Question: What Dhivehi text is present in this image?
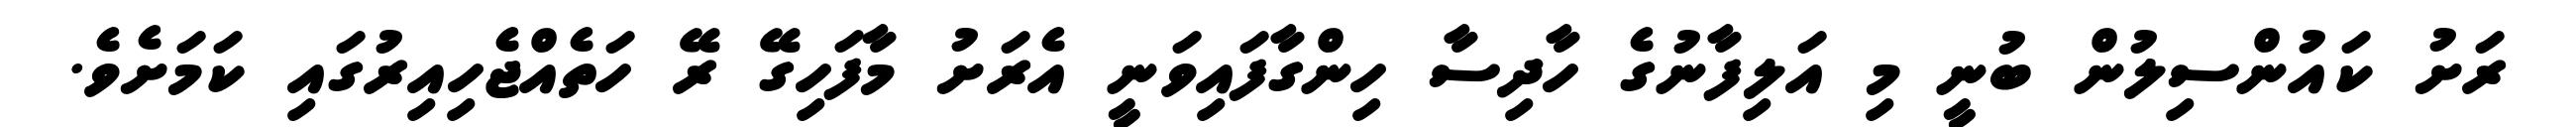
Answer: ރަށު ކައުންސިލުން ބުނީ މި އަލިފާނުގެ ހާދިސާ ހިންގާފައިވަނީ އެރަށު މާފަހިގޭ ރޭ ހަތެއްޖެހިއިރުގައި ކަމަށެވެ.